Source: Handwritten
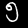
Digit: ၅ (5)